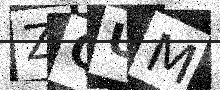
Text: ZQUM